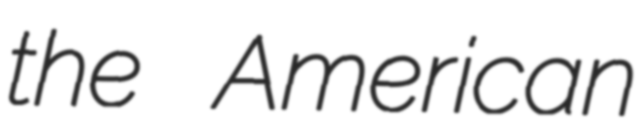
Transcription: the American